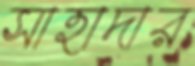
সাহাদার